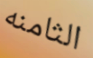
الثامنه